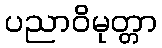
ပညာဝိမုတ္တာ